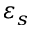
\varepsilon _ { s }